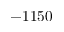
- 1 1 5 0